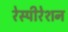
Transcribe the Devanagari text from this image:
रेस्पीरेशन